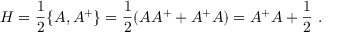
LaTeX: H = \frac 1 2 \{ A , A ^ { + } \} = \frac 1 2 ( A A ^ { + } + A ^ { + } A ) = A ^ { + } A + \frac 1 2 \ .